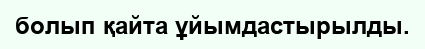
болып қайта ұйымдастырылды.